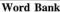
Word Bank